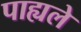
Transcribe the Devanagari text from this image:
पाह्यले